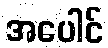
အပေါင်